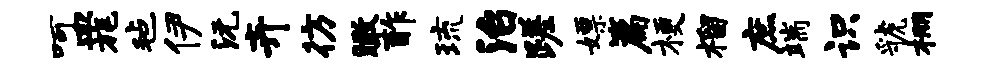
呵皿旄毡伊沅卉彷瞰酢琉治蹉嫖篇梗榴庶端识虢棚